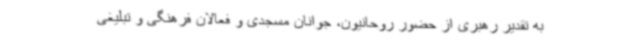
به تقدیر رهبری از حضور روحانیون، جوانان مسجدی و فعالان فرهنگی و تبلیغی